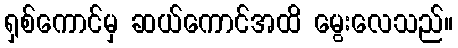
ရှစ်ကောင်မှ ဆယ်ကောင်အထိ မွေးလေသည်။